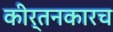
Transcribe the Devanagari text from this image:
कीर्तनकारच